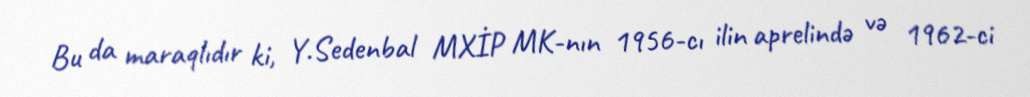
Bu da maraqlıdır ki, Y.Sedenbal MXİP MK-nın 1956-cı ilin aprelində və 1962-ci